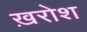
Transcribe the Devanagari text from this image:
ख़रोश